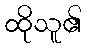
ထိုသူ၏